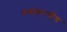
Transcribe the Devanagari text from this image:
नव्यकरणीय